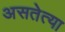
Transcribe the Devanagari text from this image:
असतेत्या